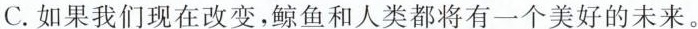
C.如果我们现在改变,鲸鱼和人类都将有一个美好的未来.